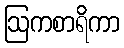
ဩကစာရိကာ